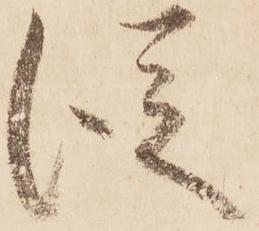
従